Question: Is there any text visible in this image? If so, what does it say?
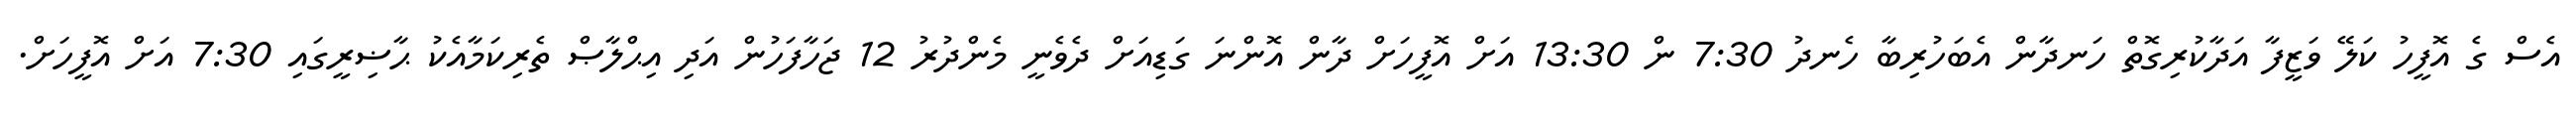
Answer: އެސް ގެ އޮފީހު ކަލޭ ވަޒީފާ އަދާކުރިގޮތް ހަނދާން އެބަހުރިބާ ހެނދު 7:30 ން 13:30 އަށް އޮފީހަށް ދާން އޮންނަ ގަޑިއަށް ދެވެނީ މެންދުރު 12 ޖަހާފަހުން އަދި އިޙްލާޞް ތެރިކަމާއެކު ޙާޟިރީގައި 7:30 އަށް އޮފީހަށް.